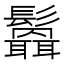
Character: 𩯻